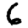
Digit: 6